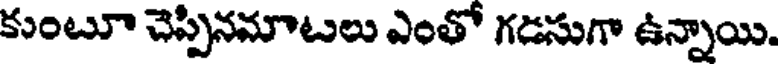
కుంటూ చెప్పినమాటలు ఎంతో గడసుగా ఉన్నాయి.